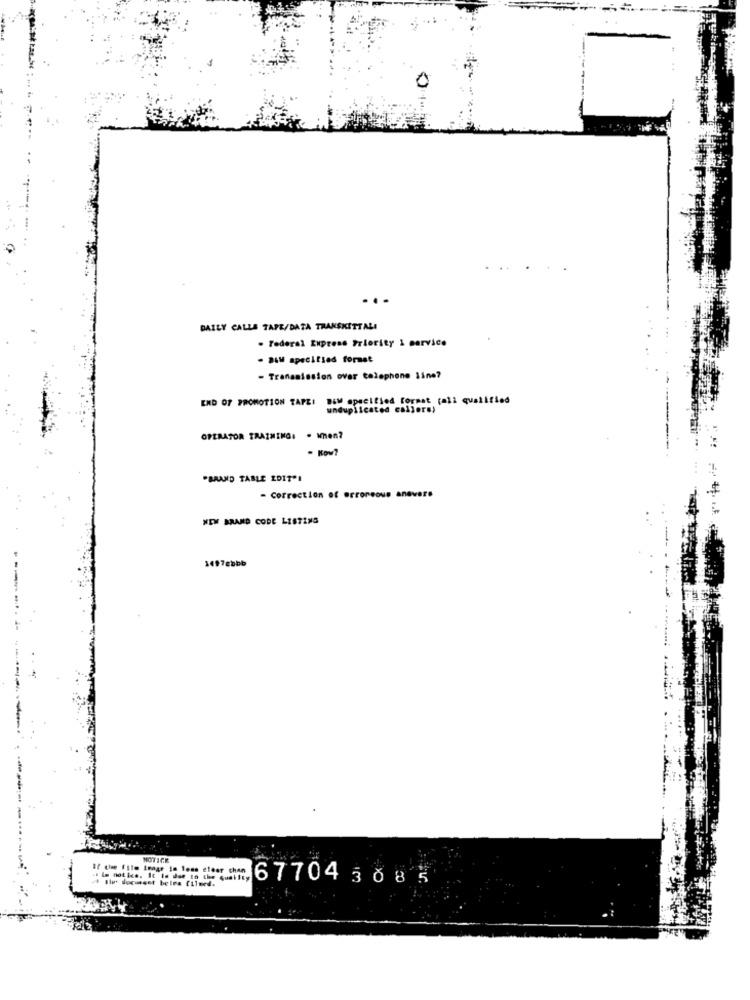
DAILY CALLE TAPE/DATA TRANSKITTALI
. Federal Express Priority i service
- DAM specified formet
- Transmission over telephone line?
END OF PROMOTION TAPE: DEM specified format call qualified
unduplicated callers!
OPERATOR TRAINING: . Men?
- Kow7
"BAAND TABLE EDIT"!
- Correction of erroneous ane
vare
WEM BRAND CODE LISTENS
1497cobb
NOTICE
#f che film Image in less elear chan
-. le notice. It is due to the quality
" But docusest beles filmed.
67704308 5